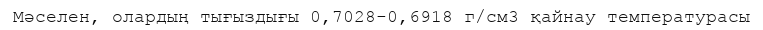
Мәселен, олардың тығыздығы 0,7028-0,6918 г/см3 қайнау температурасы